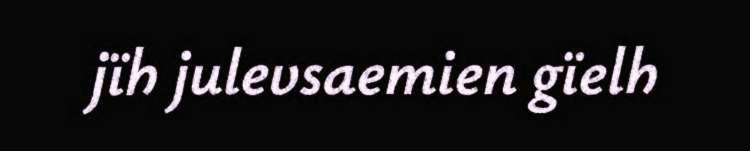
jïh julevsaemien gïelh